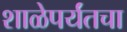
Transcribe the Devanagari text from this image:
शाळेपर्यंतचा